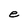
Character: e